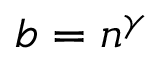
b = n ^ { \gamma }